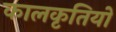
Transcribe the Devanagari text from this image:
कालकृतियों